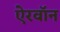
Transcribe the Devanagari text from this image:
ऐरवॉन